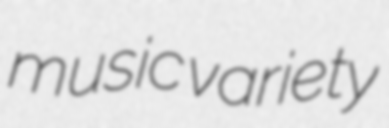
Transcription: music variety